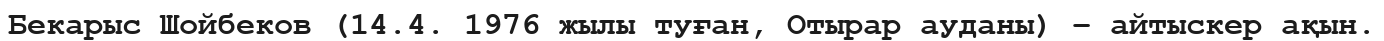
Бекарыс Шойбеков (14.4. 1976 жылы туған, Отырар ауданы) – айтыскер ақын.